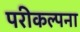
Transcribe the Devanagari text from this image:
परीकल्पना